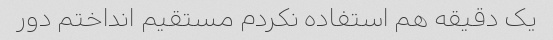
یک دقیقه هم استفاده نکردم مستقیم انداختم دور